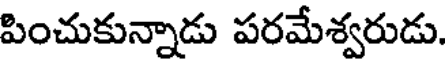
పించుకున్నాడు పరమేశ్వరుడు.